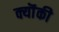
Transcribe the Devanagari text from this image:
क्यॊंकी